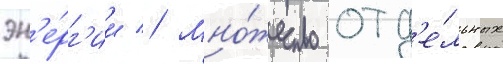
эн'е́рг'ии // Мно́жество отд'е́льных